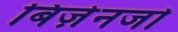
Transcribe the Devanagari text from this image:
बिज़ेनजो